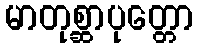
မာတုစ္ဆာပုတ္တော